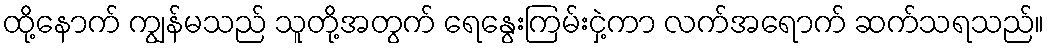
ထို့နောက် ကျွန်မသည် သူတို့အတွက် ရေနွေးကြမ်းငှဲ့ကာ လက်အရောက် ဆက်သရသည်။